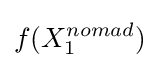
f(X_{1}^{nomad})